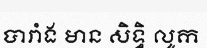
បារាំង មាន សិទ្ធិ លូក